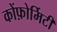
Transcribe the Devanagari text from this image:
कोंफ़ोर्मिटी